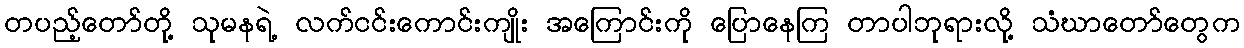
တပည့်တော်တို့ သုမနရဲ့ လက်ငင်းကောင်းကျိုး အကြောင်းကို ပြောနေကြ တာပါဘုရားလို့ သံဃာတော်တွေက